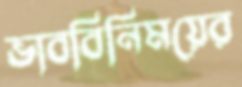
ভাববিনিময়ের